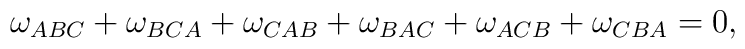
\omega_{ABC}+\omega_{BCA}+\omega_{CAB}+\omega_{BAC}+    \omega_{ACB}+\omega_{CBA}=0,